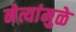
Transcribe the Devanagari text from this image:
नेत्यांमुळे